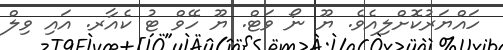
ހައްޔަރުކޮށްލިއެވެ. ޔޫ ނޯ ވަޓް. ޔޫ ހޭވް ޓު ކެއާރ. އައި ވިލް